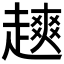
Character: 𫎿